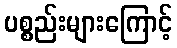
ပစ္စည်းများကြောင့်